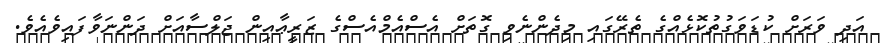
އަދި ވަރަށް ކުޑަވަގުތުކޮޅެއްގެ ތެރޭގައި މިދެންނެވި ގޮތަށް އެސްއެމްއެސްގެ ޒަރީޢާއިން ޖަލްސާއަށް ދަންނަވާފައިވެއެވެ.